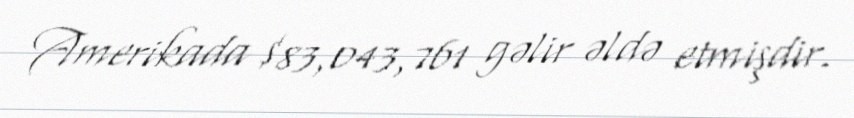
Amerikada $83,043,761 gəlir əldə etmişdir.